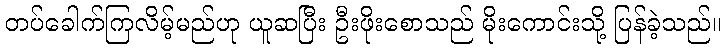
တပ်ခေါက်ကြလိမ့်မည်ဟု ယူဆပြီး ဦးဖိုးစောသည် မိုးကောင်းသို့ ပြန်ခဲ့သည်။